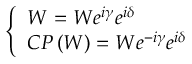
\quad \left\{ \begin{array} { l } { { W = W e ^ { i \gamma } e ^ { i \delta } } } \\ { { C P \left( W \right) = W e ^ { - i \gamma } e ^ { i \delta } } } \end{array} \right. \mathrm { ~ }